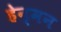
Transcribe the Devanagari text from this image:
हेन्मन